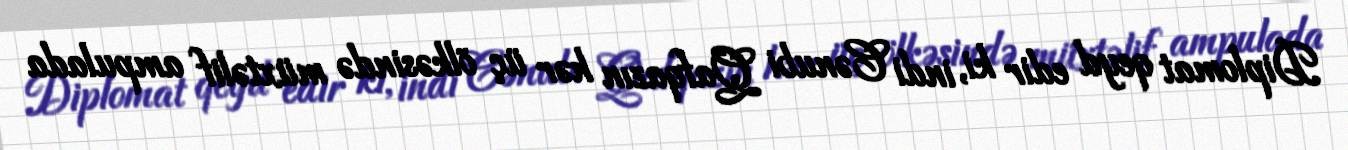
Diplomat qeyd edir ki, indi Cənubi Qafqazın hər üç ölkəsində müxtəlif ampulada